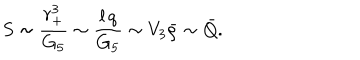
S \sim { \frac { r _ { + } ^ { 3 } } { G _ { 5 } } } \sim { \frac { l \, q } { G _ { 5 } } } \sim V _ { 3 } { \bar { \rho } } \sim { \bar { Q } } .